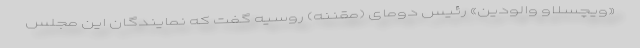
«ویچسلاو والودین» رئیس دومای (مقننه) روسیه گفت که نمایندگان این مجلس